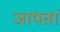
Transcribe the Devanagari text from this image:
जायतां